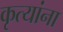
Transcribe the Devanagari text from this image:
कृत्यांना